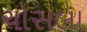
ચોસલા